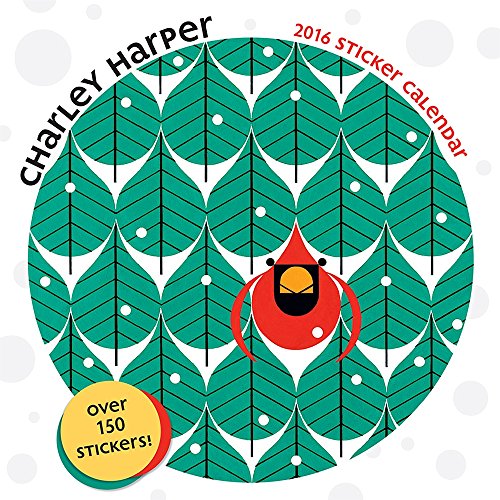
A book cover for Charley Harper 2016 Sticker Calendar; Charley Harper; Arts & Photography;